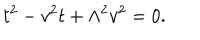
LaTeX: t ^ { 2 } - v ^ { 2 } t + \Lambda ^ { 2 } v ^ { 2 } = 0 .